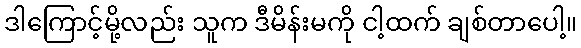
ဒါကြောင့်မို့လည်း သူက ဒီမိန်းမကို ငါ့ထက် ချစ်တာပေါ့။